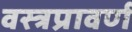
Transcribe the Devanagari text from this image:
वस्त्रप्रावर्ण